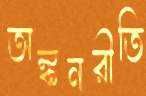
অঙ্কনরীতি